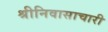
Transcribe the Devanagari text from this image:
श्रीनिवासाचारी